Annual report of the Civil Veterinary Department, Bengal, for the year 1897-98 - 1897-1898
Year: 1897
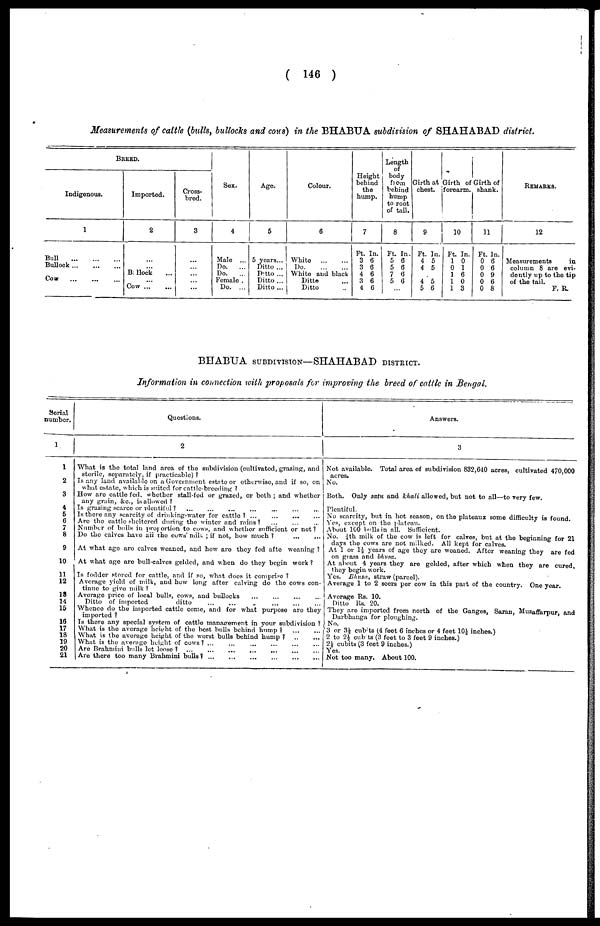
( 146 )
Measurements of cattle (bulls, bullocks and cows) in the BHABUA subdivision of SHAHABAD district.
BREED.
Indigenous.
1
Bull
...
...
...
Bullock
...
...
...
Cow
...
...
...
Imported.
2
...
... Bullock ...
... Cow ... ...
Cross-
bred.
3
...
...
...
...
Sex.
4
Male ...
Do.
...
Do.
...
Female .
Do. ...
Age.
5
5 years...
Ditto ...
Ditto ...
Ditto ...
Ditto ...
Colour.
6
White
...
...
Do
...
...
White and black
Ditto ...
Ditto ...
Height
behind
the
hump.
7
Ft. In.
3 6
3 6
4 6
3 6
4 6
Length
of
body
from
behind
hump
to root
of tail.
8
Ft. In.
5 6
5 6
7 6
5 6
...
Girth at
chest.
9
Ft. In.
4 5
4 5
... 4 5
5 6
Girth of
forearm.
10
Ft. In.
1 0
0 1
1 6
1 0
1 3
Girth of
shank.
11
Ft. In.
0 6
0 6
0 9
0 6
0 8
REMARKS.
12
Measurements
in
column 8 are evi-
dently up to the tip
of the tail.
F. R.
BHABUA SUBDIVISION—SHAHABAD DISTRICT.
Information in connection with proposals for improving the breed of cattle in Bengal.
Serial
number.
1
1
2
3
4
5
6
7
8
9
10
11
12
18
14
15
16
17
18
19
20
21
Questions.
2
What is the total land area of the subdivision (cultivated, grazing, and
sterile, separately, if practicable) ?
Is any land available on a Government estate or otherwise, and if so, on
what estate, which is suited for cattle-breeding ?
How are cattle fed, whether stall-fed or grazed, or both ; and whether
any grain, &c., is allowed?
Is grazing scarce or plentiful ? ... ... ... ... ... ... ...
Is there any scarcity of drinking-water for cattle? ...
...
...
...
Arc the cattle sheltered during the winter and rains? ... ... ...
Number of bulls in proportion to cows, and whether sufficient or not ?
Do the calves have all the cows' milk; if not, how much ?
...
...
At what age are calves weaned, and how are they fed afte weaning ?
At what age are bull-calves gelded, and when do they begin work ?
Is fodder stored for cattle, and if so, what does it comprise ?
Average yield of milk, and how long after calving do the cows con-
tinue to give milk ?
Average price of local bulls, cows, and bullocks ... ... ... ... ... ...
Ditto of imported
ditto
...
... ... ... ... ... ... ...
Whence do the imported cattle come, and for what purpose are they
imported ?
Is there any special system of cattle management in your subdivision ?
What is the average height of the best bulls behind hump ? ... ...
What is the average height of the worst bulls behind hump ?
...
...
What is the averago height of cows? ... ... ... ... ... ... ...
Are Brahmini bulls let loose ? ... ... ... ... ... ... ...
Are there too many Brahmini bulls?
...
...
...
...
...
...
...
Answers.
3
Not available. Total area of subdivision 832,640 acres, cultivated 470,000
acres.
No.
Both. Only satu and Khali allowed, but not to all—to very few.
Plentiful.
No scarcity, but in hot season, on the plateaux some difficulty is found.
Yes, except on the plateau.
About 100 bulls in all. Sufficient.
No. ¼th milk of the cow is left for calves, but at the beginning for 21
days the cows are not milked. All kept for calves.
At 1 or 1½ years of age they are weaned. After weaning they are fed
on grass and bhusa.
At about 4 years they are gelded, after which when they are cured,
they begin work.
Yes. Bhusa, straw (parcel).
Average 1 to 2 seers per cow in this part of the country. One year.
Average Rs. 10.
Ditto Rs. 20.
They are imported from north of the Ganges, Saran, Muzaffarpur, and
Darbhanga for ploughing.
No.
3 or 3½ cubits (4 feet 6 inches or 4 feet 10½ inches.)
2 to 2½ cubits (3 feet to 3 feet 9 inches.)
2½ cubits (3 feet 9 inches.)
Yes.
Not too many. About 100.